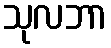
သုလဘာ